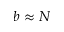
b \approx N